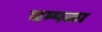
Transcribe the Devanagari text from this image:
चम्पका